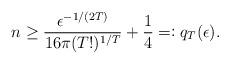
LaTeX: \begin{align*} n\geq \frac{\epsilon^{-1/(2T)}}{16\pi (T!)^{1/T}} + \frac{1}{4} =\vcentcolon q_{T}(\epsilon).\end{align*}